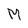
Character: M